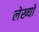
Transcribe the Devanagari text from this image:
लेख्यों